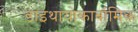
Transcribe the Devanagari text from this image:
डाइथायोकार्बामिक